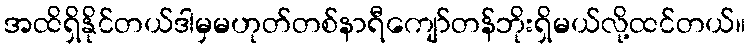
အထိရှိနိုင်တယ်ဒါမှမဟုတ်တစ်နာရီကျော်တန်ဘိုးရှိမယ်လို့ထင်တယ်။